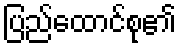
ပြည်ထောင်စု၏